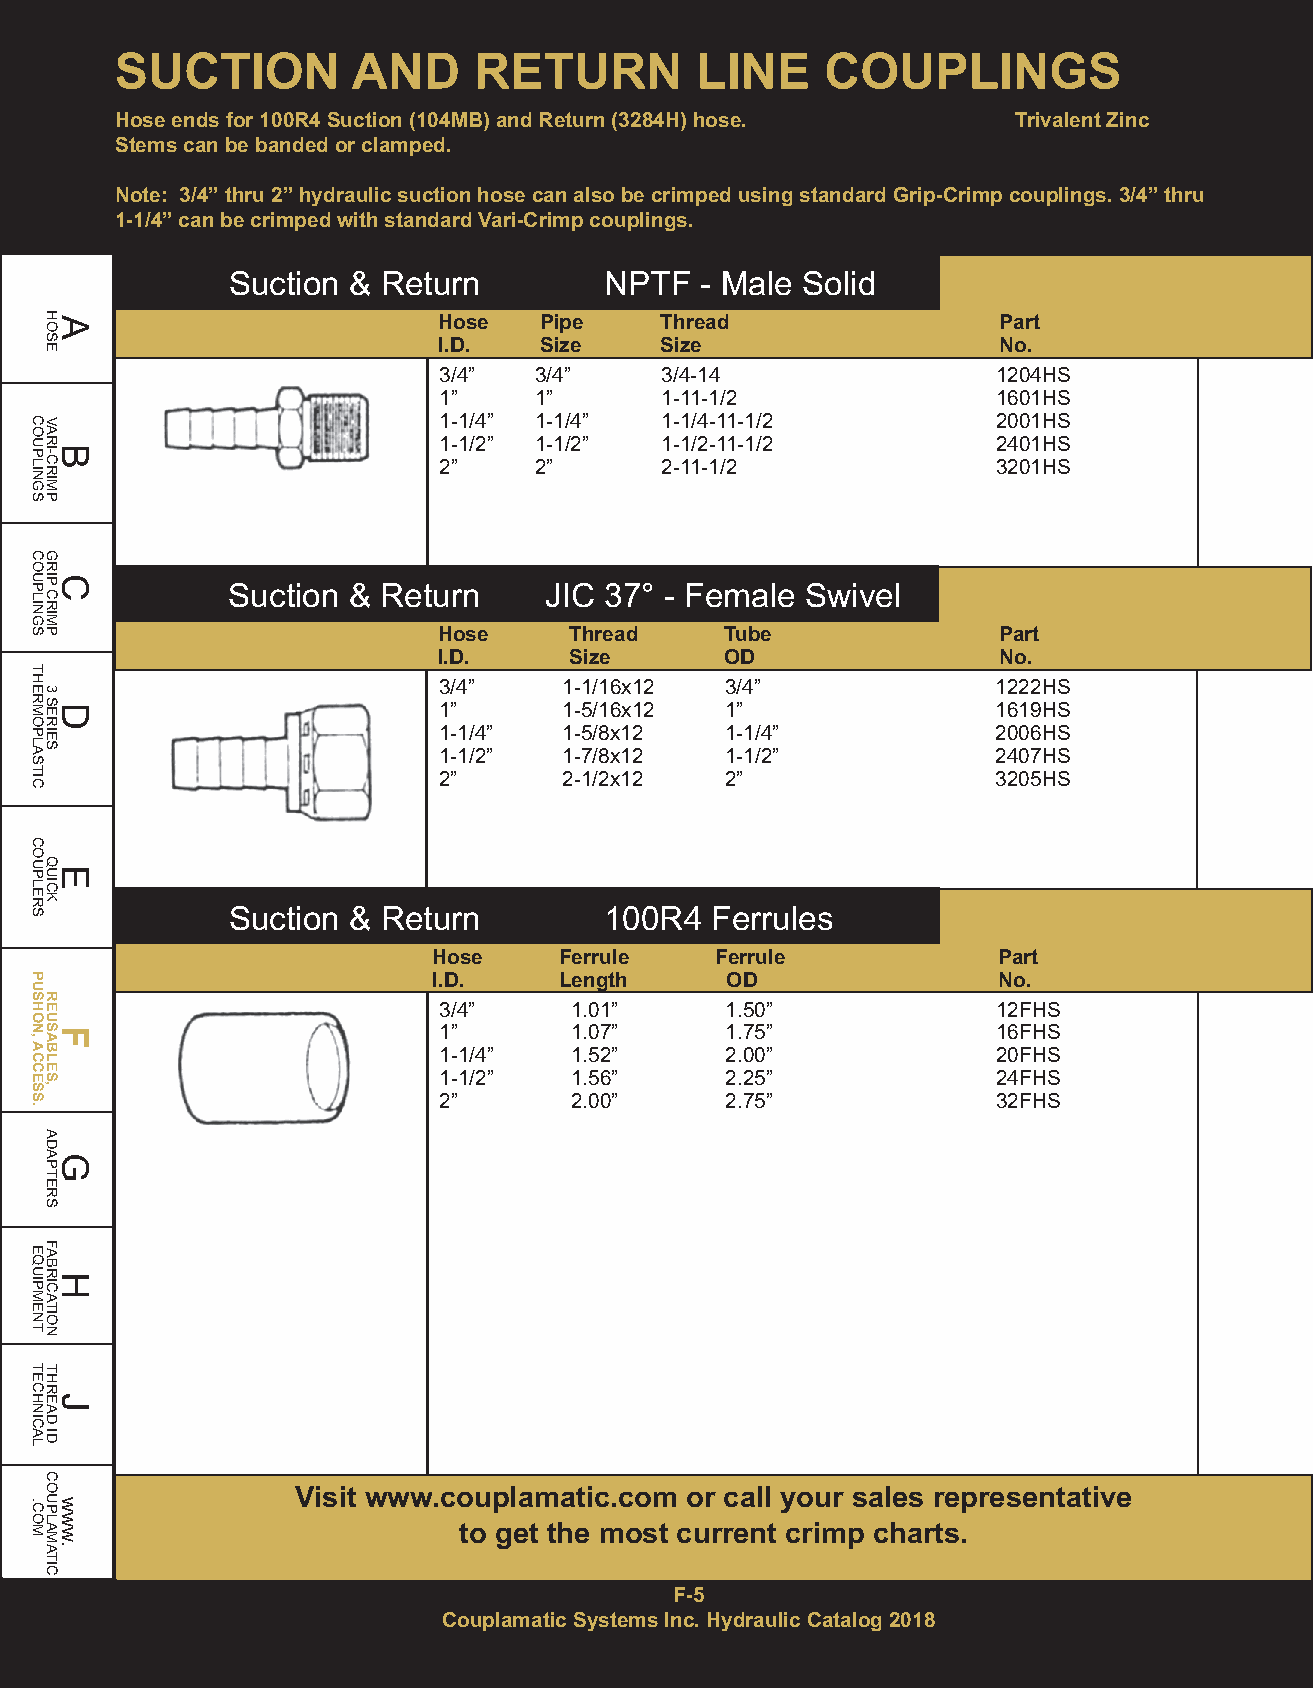
SUCTION        AND     RETURN         LINE     COUPLINGS
 Hose ends for 100R4 Suction (104MB) and Return (3284H) hose. Trivalent Zinc
 Stems can be banded or clamped.
 Note: 3/4” thru 2” hydraulic suction hose can also be crimped using standard Grip-Crimp couplings. 3/4” thru
 1-1/4” can be crimped with standard Vari-Crimp couplings.
 Suction & Return         NPTF  - Male Solid
 Hose   Pipe    Thread                Part
 I.D.   Size    Size                  No.
 3/4”  3/4”     3/4-14                1204HS
 1”    1”       1-11-1/2              1601HS
 1-1/4” 1-1/4”  1-1/4-11-1/2          2001HS
 1-1/2” 1-1/2”  1-1/2-11-1/2          2401HS
 2”    2”       2-11-1/2              3201HS
 Suction & Return     JIC 37° - Female Swivel
 Hose     Thread    Tube              Part
 I.D.     Size      OD                No.
 3/4”    1-1/16x12  3/4”              1222HS
 1”      1-5/16x12  1”                1619HS
 1-1/4”  1-5/8x12   1-1/4”            2006HS
 1-1/2”  1-7/8x12   1-1/2”            2407HS
 2”      2-1/2x12   2”                3205HS
 Suction & Return         100R4  Ferrules
 Hose    Ferrule   Ferrule            Part
 I.D.    Length     OD                No.
 3/4”     1.01”     1.50”             12FHS
 1”       1.07”     1.75”             16FHS
 1-1/4”   1.52”     2.00”             20FHS
 1-1/2”   1.56”     2.25”             24FHS
 2”       2.00”     2.75”             32FHS
 Visit www.couplamatic.com or call your sales representative
 to get the most current crimp charts.
 F-5
 Couplamatic Systems Inc. Hydraulic Catalog 2018
 COUPLINGS
 COUPLINGS
 THERMOPLASTIC
 COUPLERS
 PUSHON,ACCESS.
 EQUIPMENT
 TECHNICAL
 .COM
 HAOSE
 VARBI-CRIMP
 GRICP
 CRIMP
 3
 SDERIES
 QEUICK
 REUSFABLES,
 ADAGPTERS
 FABRHICATION
 THRJEAD
 ID
 COUPLAMATIC
 www.